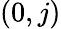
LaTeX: \left(0,j\right)